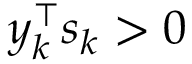
y _ { k } ^ { \top } s _ { k } > 0